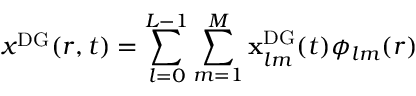
x ^ { \mathrm { { D G } } } ( r , t ) = \sum _ { l = 0 } ^ { L - 1 } \sum _ { m = 1 } ^ { M } \mathbf { x } _ { l m } ^ { \mathrm { { D G } } } ( t ) \phi _ { l m } ( r )